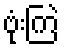
ဗုံးကြဲ